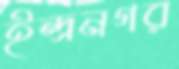
ইন্দ্রনগর